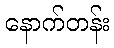
နောက်တန်း